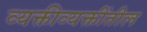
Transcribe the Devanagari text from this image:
व्यक्तीव्यक्तींतील